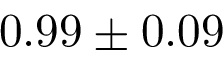
0 . 9 9 \pm 0 . 0 9